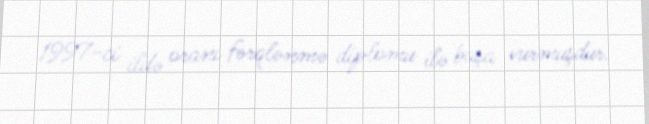
1997-ci ildə oranı fərqlənmə diplomu ilə başa vurmuşdur.